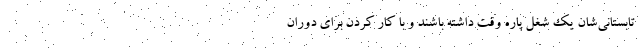
تابستانی‌شان یک شغل پاره وقت داشته باشند و با کار کردن برای دوران